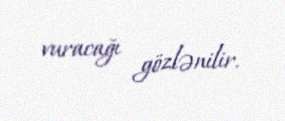
vuracağı gözlənilir.